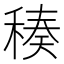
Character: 𥠬